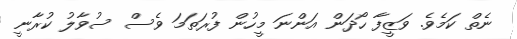
ނެތް ކަމެވެ. ވަޒީފާ ހޯދަން އަންނަ މީހުން ފުރަތަމަ ވެސް ސުވާލު ކުރާނީ